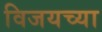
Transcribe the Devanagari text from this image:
विजयच्या